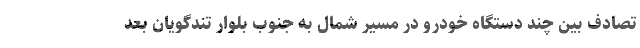
تصادف بین چند دستگاه خودرو در مسیر شمال به جنوب بلوار تندگویان بعد